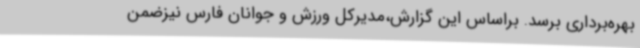
بهره‌برداری برسد. براساس این گزارش،مدیرکل ورزش و جوانان فارس نیزضمن